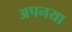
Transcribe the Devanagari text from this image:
अपनया